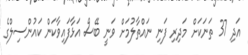
އަދި 37 ތަނަކަށް މަދިރި ފަނި ނައްތާލުމަށް ވަނީ ބޭސް އަޅާފައިވާކަން ކައުންސިލްގެ